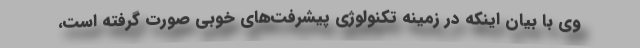
وی با بیان اینکه در زمینه تکنولوژی پیشرفت‌های خوبی صورت گرفته است،